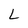
Character: L